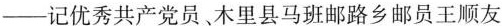
——记优秀共产党员、木里县马班邮路乡邮员王顺友